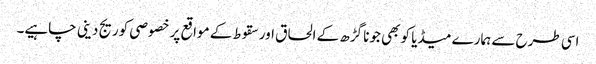
اسی طرح سے ہمارے میڈیا کو بھی جونا گڑھ کے الحاق اور سقوط کے مواقع پر خصوصی کوریج دینی چاہیے۔